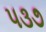
૫૩૭